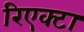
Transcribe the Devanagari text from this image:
रिएक्टा